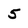
Character: 5